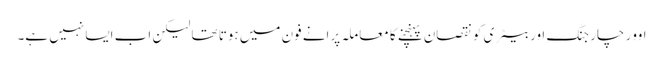
اوور چارجنگ اور بیٹری کو نقصان پہنچنے کا معاملہ پرانے فون میں ہوتا تھا لیکن اب ایسا نہیں ہے۔